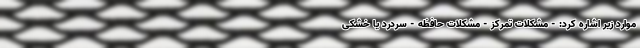
موارد زیر اشاره کرد: - مشکلات تمرکز - مشکلات حافظه - سردرد یا خشکی